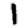
Digit: 1